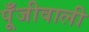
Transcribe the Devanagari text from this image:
पूँजीवाली